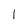
Character: l